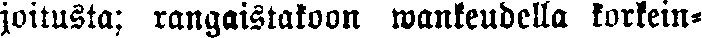
joitusta; rangaistakoon wankeudella korkein-